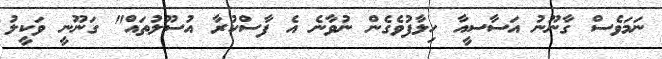
ނަމަވެސް ގާނޫނު އަސާސީއާ ހިލާފުވެގެން ނުވާނެ އެ ފާސްކުރާ އުސޫލުތައް" ގަނޫނީ ވަކީލު